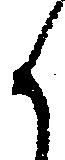
く